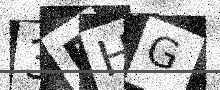
Text: 3BHG